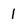
Character: 1